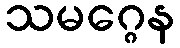
သမဂ္ဂေန